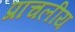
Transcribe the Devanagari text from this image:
प्राचलीय